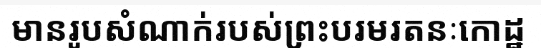
មានរូបសំណាក់របស់ព្រះបរមរតនៈកោដ្ឋ